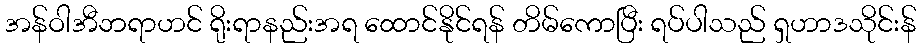
အန်ဝါအီဘရာဟင် ရိုးရာနည်းအရ ထောင်နိုင်ရန် တိမ်ကောပြီး ရပ်ပါသည် ရှဟာဒသိုင်းန်